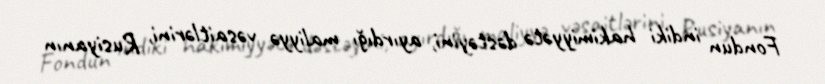
Fondun indiki hakimiyyətə dəstəyini, ayırdığı maliyyə vəsaitlərini, Rusiyanın